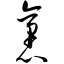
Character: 袤